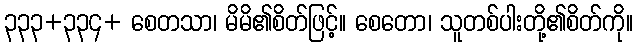
၃၃၃+၃၃၄+ စေတသာ၊ မိမိ၏စိတ်ဖြင့်။ စေတော၊ သူတစ်ပါးတို့၏စိတ်ကို။